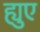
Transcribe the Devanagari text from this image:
ह्युए